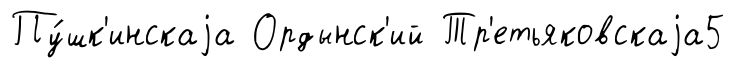
Пу́шк'инскаjа Ордынск'ий Тр'етьяковскаjа5